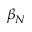
\beta _ { N }